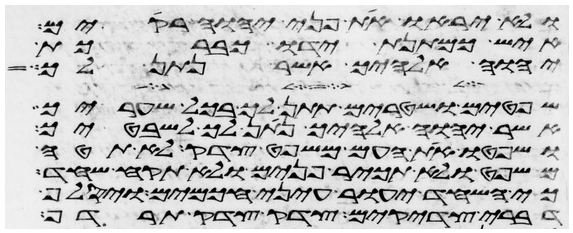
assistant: ולא יראו את פני יהוה רקים
איש כמתנת ידו כברכת
יהוה אלהיך אשר נתן לך
שפטים ושטרים תתן לך בכל שעריך
אשר יהוה אלהיך נתן לך לשבטיך
ושפטו את העם משפט צדק לא תטה
משפט ולא תכיר פנים ולא תקח שחד
כי השחד יעור עיני חכמים ויסלף
דברי צדקים צדק צדק תרדף